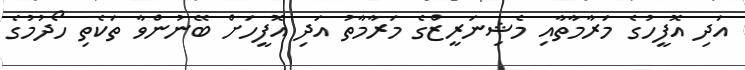
އަދި އޮފީހުގެ މަރާމާތާއި މެޝިނަރީޒްގެ މަރާމާތު އަދި އޮފީހަށް ބޭނުންވާ ތަކެތި ހޯދުމުގެ